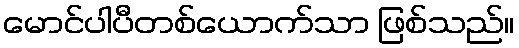
မောင်ပါပီတစ်ယောက်သာ ဖြစ်သည်။